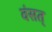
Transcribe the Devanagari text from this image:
वंसत्‌